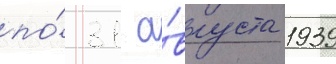
по́ 31 а́вгуста 1939